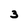
Character: 3